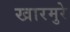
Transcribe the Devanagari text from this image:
खारमुरे